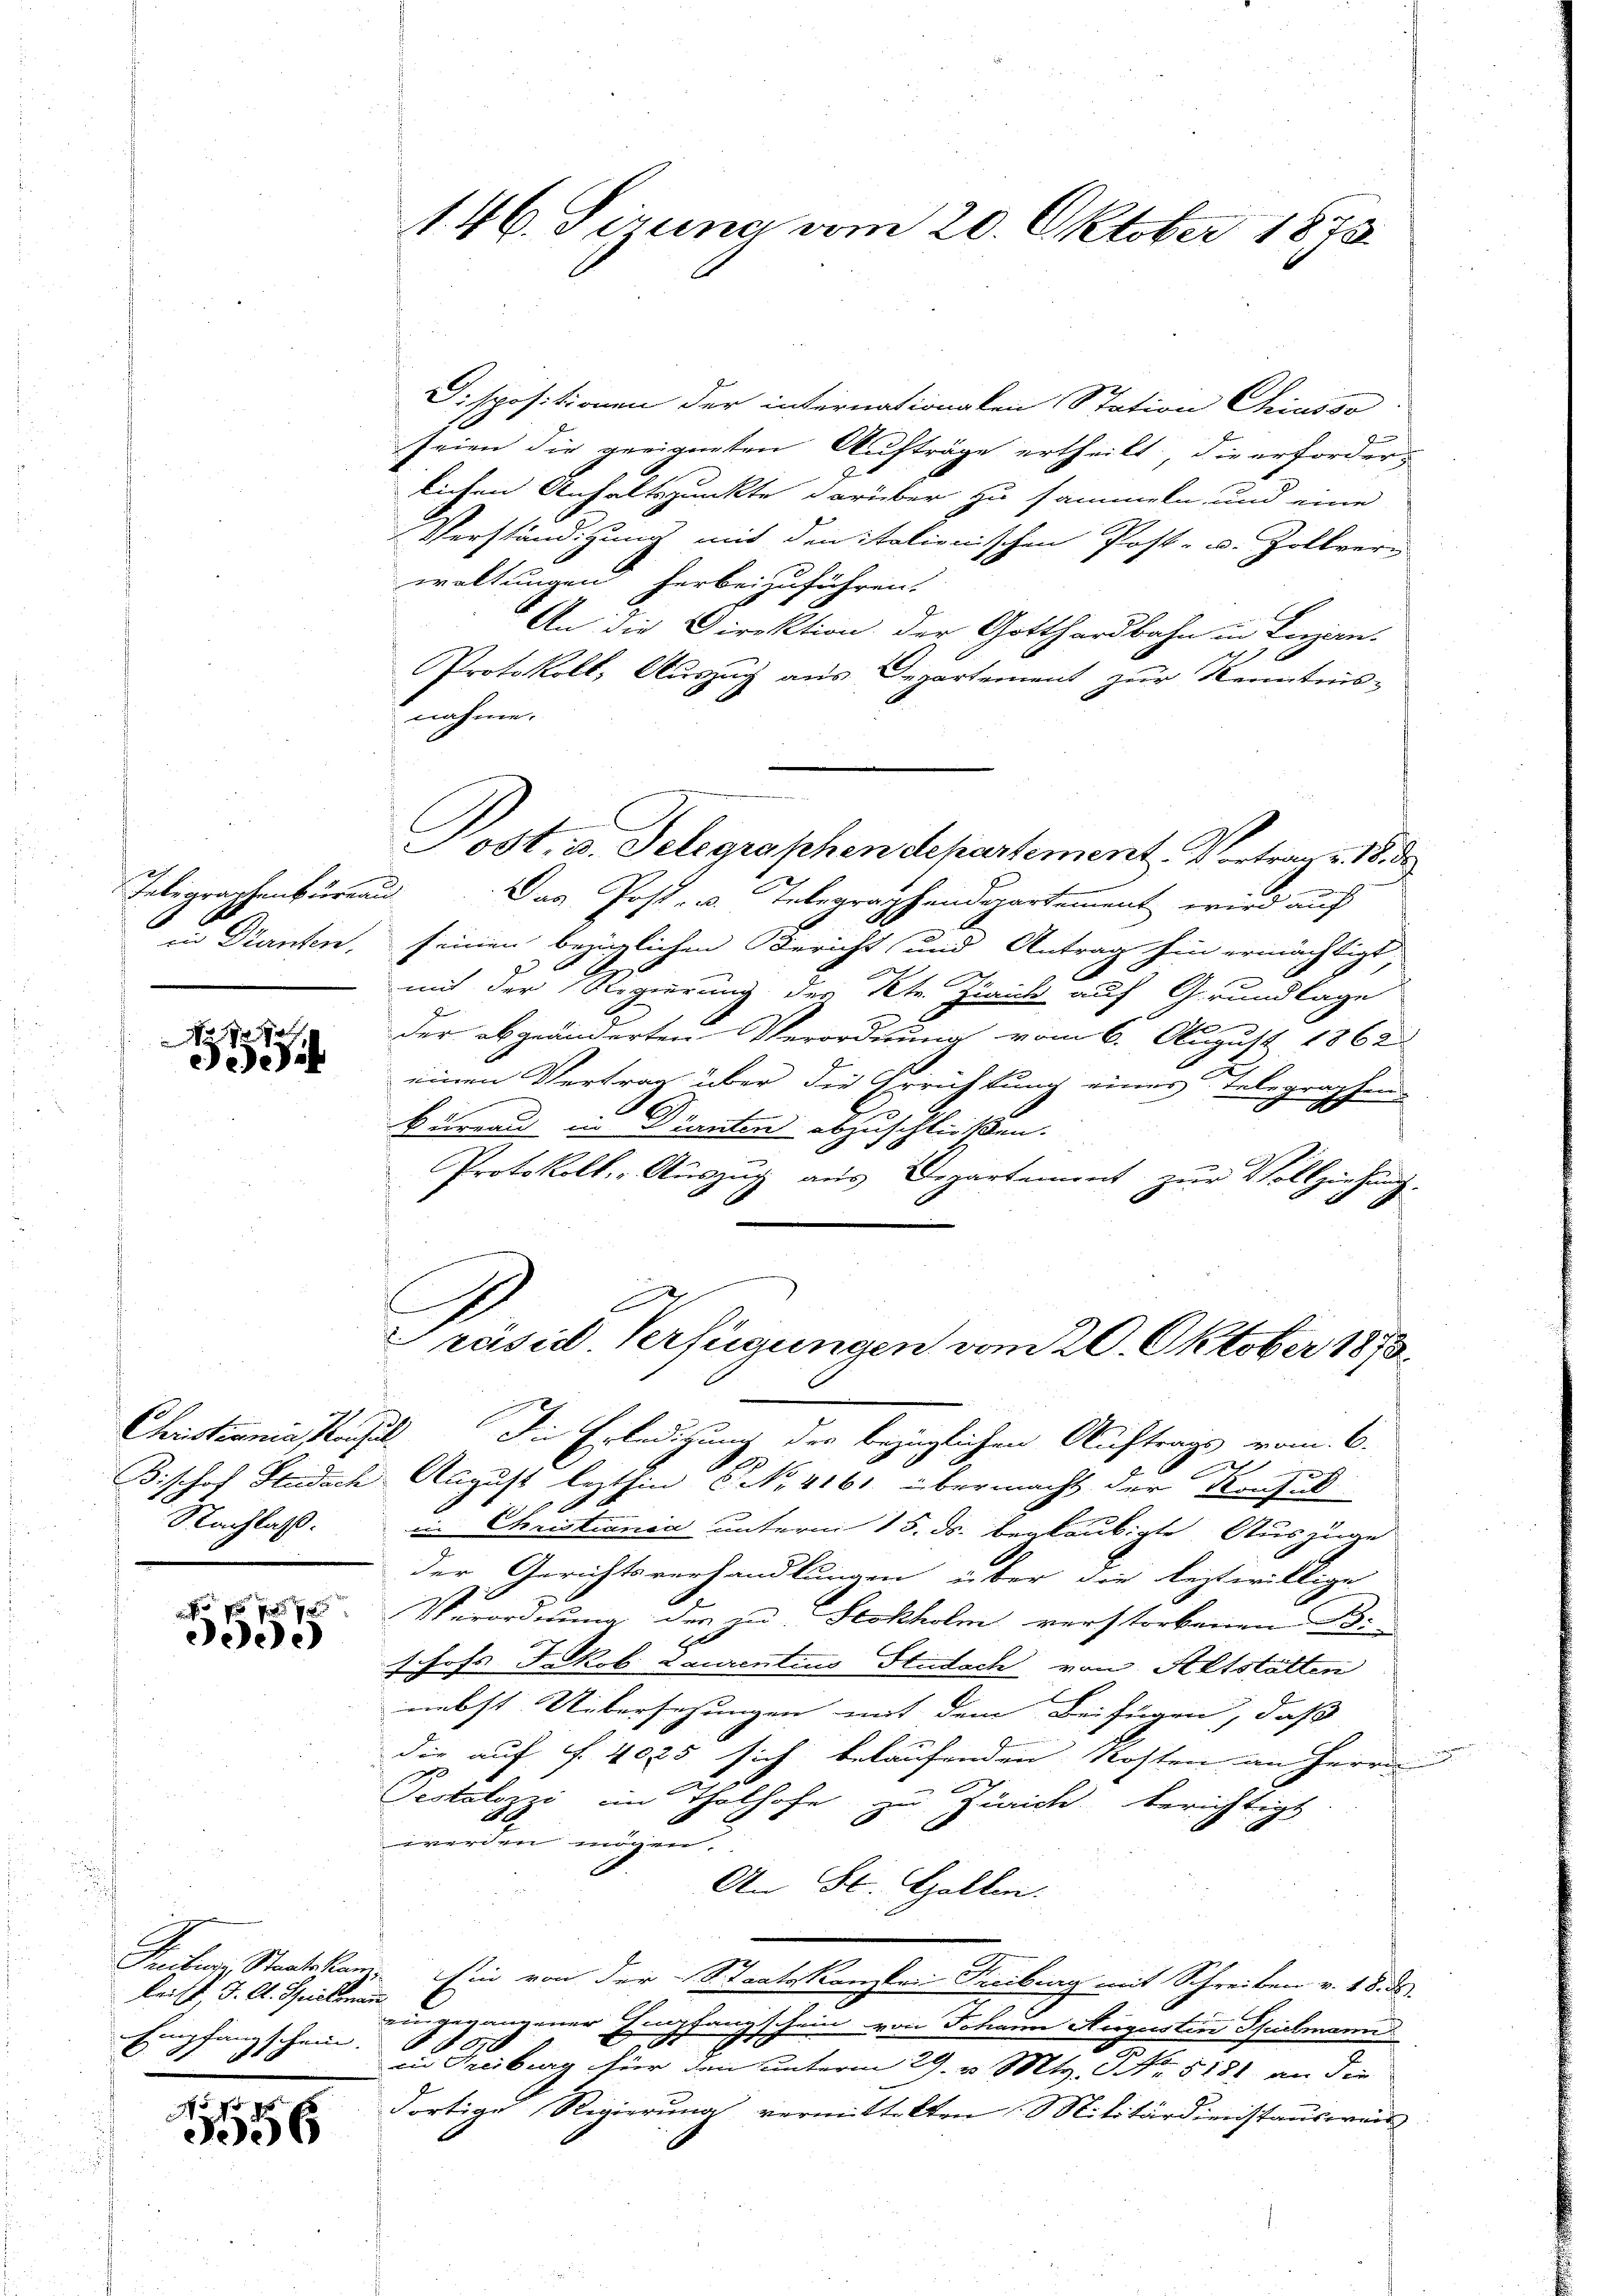
Telegraphenburea
.
in Dranten,

o
e

Nachlaß.

1 xx
eee)

Pecibus, Staatskam.
leist, J. A. Spielsen
Empfangschein.

§. 7.
.
J06

146. Sirung vom 20. Oktober 1873.

Dispositionen der internationalen Station Chiusso
seien die geeigneten Aufträge ertheilt, die erforderlichen Anhaltspunkte darüber zu sammeln und eine
Verständigung mit den italienischen Post- u. Zollver
waltungen herbeizuführen.
An die Direktion der Gotthardbahn in Luzern.
2
Protokoll, Auszug aus Departement zur Kenntnis-
nahme.
Post, u. Telegraphen departement. Vortrag v. 18. de
2
Dag Post- u. Telegraphendepartement wird auf
seinen bezüglichen Bericht und Antrag hin ermächtigt,
mit der Regierung des Kt. Ziaich auf Grundlage
der abgeänderten Verordnung vom 6. August 1862
einen Vertrag über die Errichtung eines Telegraphen
Bureau in Dranten abzuschließen.
Protokoll. - Auszug aus Departement zur Vollziehung.

Präsid. Verfügungen vom 20. Oktober 1873.

Christiania suchel. Die Erledigung der bezüglichen Auftrages vom 6.
e
Bischof Studach August lezthin No. 4161 übermacht der Konsul
in Christiania unterm 15. ds. beglaubigte Auszüge
der Gerichtsverhandlungen über die leztwillige
Verordnung der in Stokholm verstorbenen Beschofs Jakob Laurentius Stiedach von Altstatten
nebst Uebersetzungen mit dem Beifügen, daß
die auf §. 4025 sich belaufenden Kosten an Herrn
Pestalozzi im Thalhofe zu Zürich berichtigt
werden mögen.
An St. Gallen.
Ein von der Staatskanzlei Freiburg mit Schreiben v. 18. de
i
eingegangener Empfangschein von Johann Negustin Spielmann
6
880.
in Freiburg hier den unterm 29. v. Mts. No. 5181 an die
Fortige Regierung vermittelten Militärdienstausweis